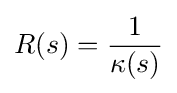
R(s)={\frac {1}{\kappa (s)}}